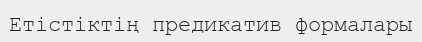
Етістіктің предикатив формалары